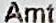
AMT